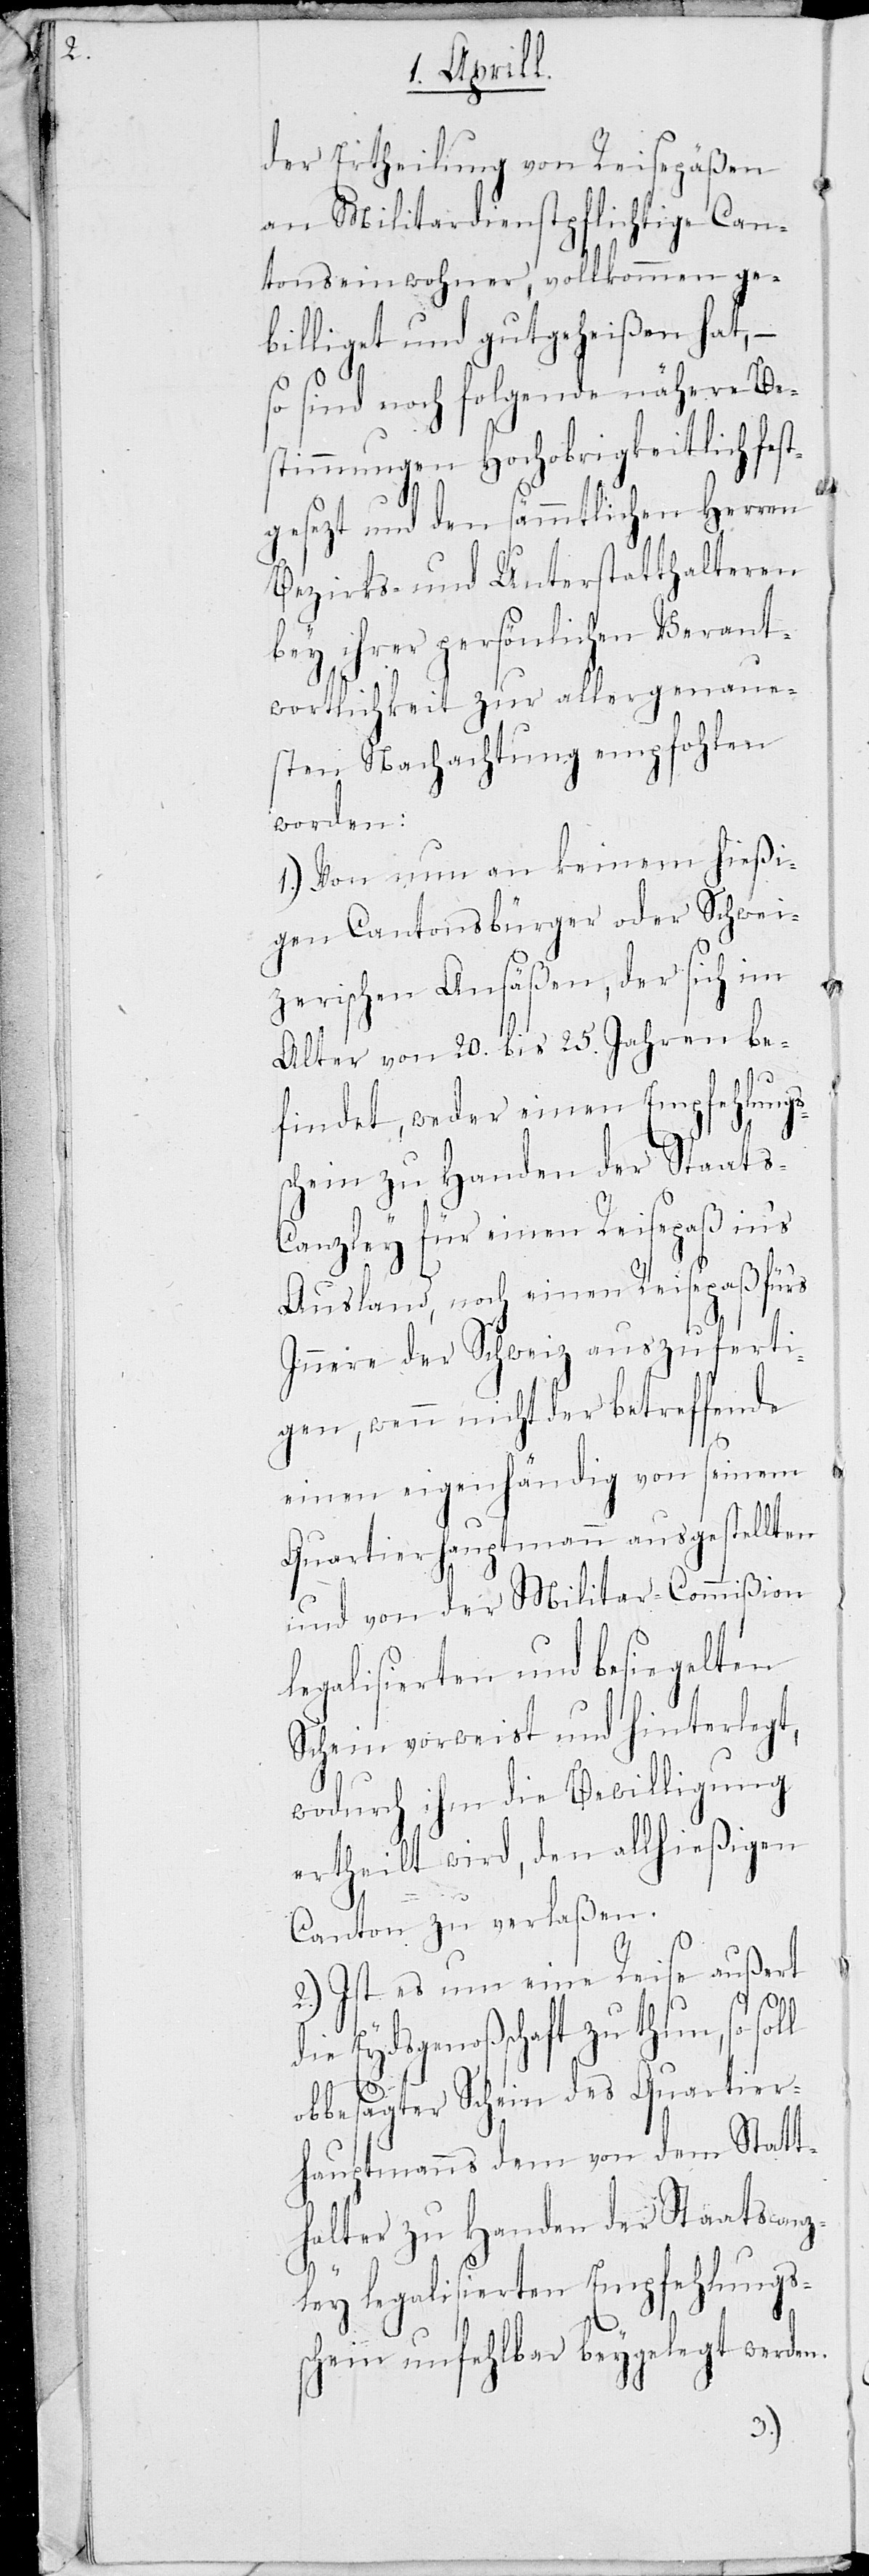
der Ertheilung von Reisepäßen
an Militardienstpflichtige Can¬
tonseinwohner, vollkommen ge¬
billiget und gutgeheißen hat, –
so sind noch folgende nähere Be¬
stimmungen Hochobrigkeitlich fes¬
tgesezt und den sämmtlichen Herren
Bezirks- und Unterstatthalteren
bey ihrer persönlichen Verant¬
wortlichkeit zur allergenaue¬
sten Nachachtung empfohlen
worden:
1.) Von nun an keinem hießi¬
gen Cantonsbürger oder Schwei¬
zerischen Ansäßen, der sich im
Alter von 20. bis 25. Jahren be¬
findet, weder einen Empfehlungs¬
schein zu Handen der Staats-C¬
anzley für einen Reisepaß in‘s
Ausland, noch einen Reisepaß für‘s
Innere der Schweiz auszuferti¬
gen, wenn nicht der Betreffende
einen eigenhändig von seinem
Quartierhauptmann ausgestellten
und von der Militar-Commißion
legalisierten und besiegelten
Schein vorweist und hinterlegt,
wodurch ihm die Bewilligung
ertheilt wird, den allhießigen
Canton zu verlaßen.
2.) Ist es um eine Reise außert
der Eydsgenoßschaft zu thun, so sol¬
l
obbesagter Schein des Quartier¬
hauptmanns dem von dem Statt¬
halter zu Handen der Staatscanz¬
ley legalisierten Empfehlungs¬
schein unfehlbar beygelegt werden.